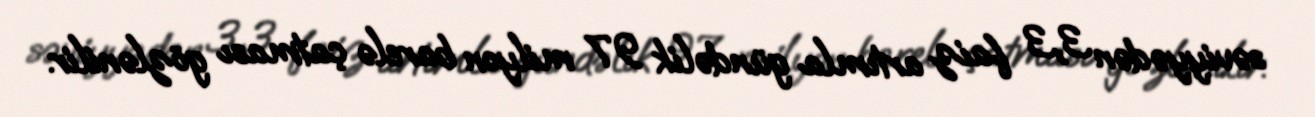
səviyyədən 3,3 faiz artımla gündəlik 97 milyon barelə çatması gözlənilir.